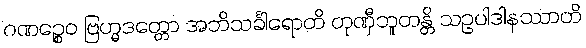
ဂဏဉ္စေဝ ဗြဟ္မဒတ္တော အဘိသင်္ခါရောတိ တုဏှီဘူတန္တိ သဥပါဒါနဿာတိ